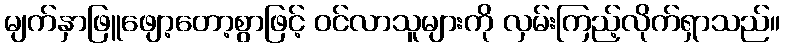
မျက်နှာဖြူဖျော့တော့စွာဖြင့် ဝင်လာသူများကို လှမ်းကြည့်လိုက်ရှာသည်။